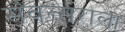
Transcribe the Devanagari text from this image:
संवत्सराला